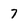
Character: 7